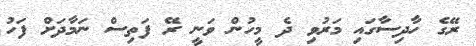
ރޭގެ ހާދިސާގައި މަރުވި ދެ މީހުން ވަނީ ރޭ ފަތިސް ނަމާދަށް ފަހު